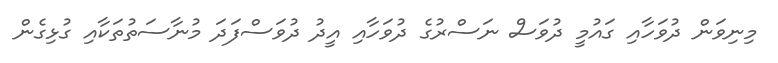
މިނިވަން ދުވަހާއި ގައުމީ ދުވަސް ނަސްރުގެ ދުވަހާއި އީދު ދުވަސްފަދަ މުނާސަތުތަކާއި ގުޅިގެން